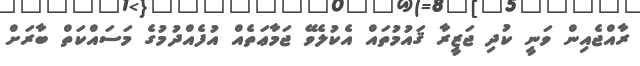
ރާއްޖެއިން ވަނީ ކުދި ޖަޒީރާ ޤައުމުތައް އެކުލެވޭ ޖަމާޢަތެއް އުފެއްދުމުގެ މަސައްކަތް ބާރަށް